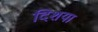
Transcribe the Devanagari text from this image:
दिशया